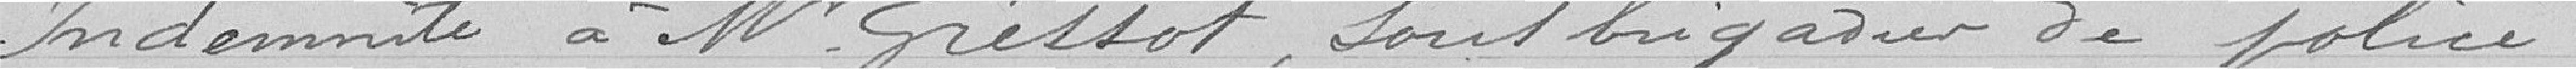
Indemnité à monsieur Gressot, sous-brigadier de police